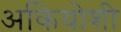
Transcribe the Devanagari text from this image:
अकियोशी